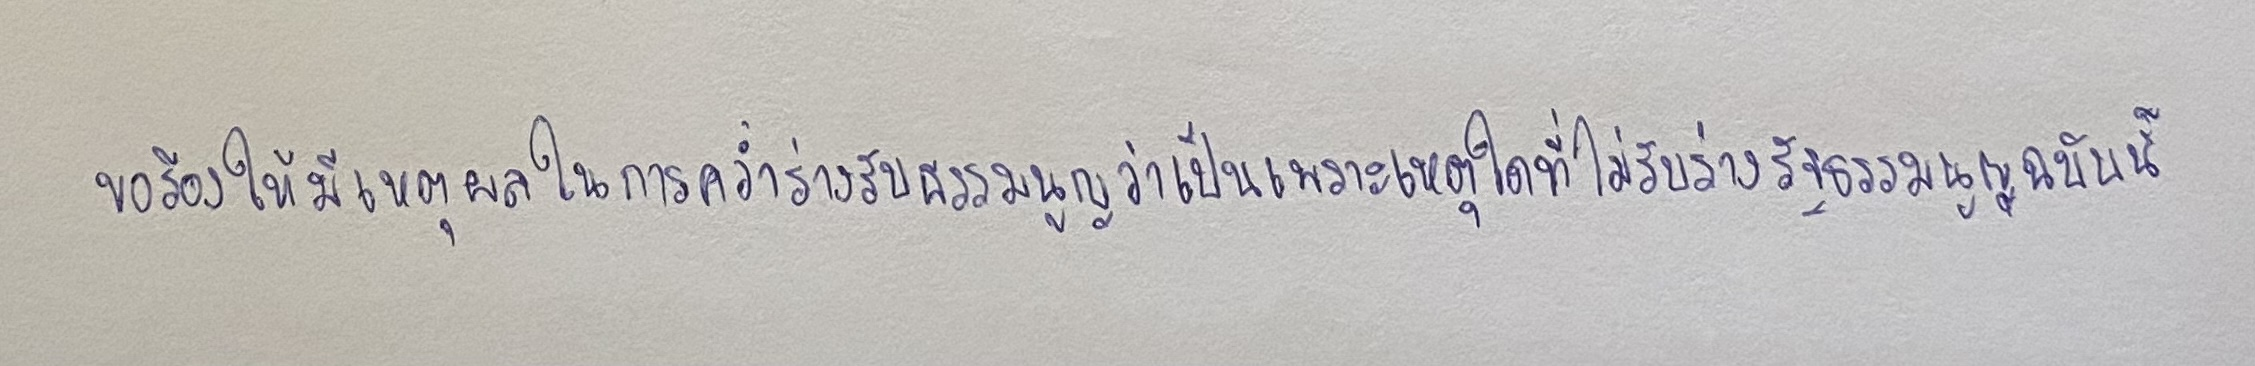
ขอร้องให้มีเหตุผลในการคว่ำร่างรับธรรมนูญว่าเป็นเพราะเหตุใดที่ไม่รับร่างรัฐธรรมนูญฉบับนี้